Annual administration report of the Civil Veterinary Department, Sind - 1938-1939
Year: 1938
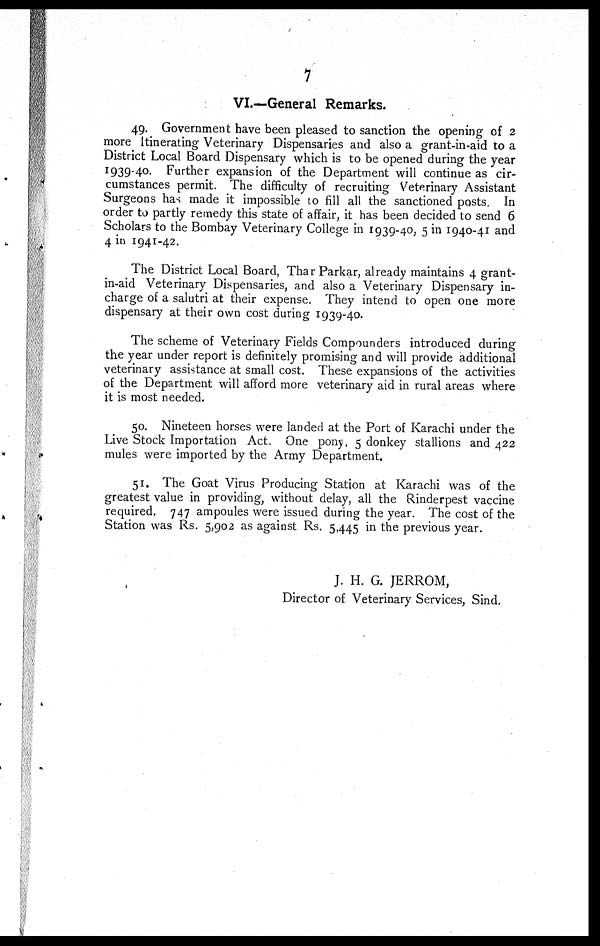
7
VI.—General Remarks.
49. Government have been pleased to sanction the opening of 2
more Itinerating Veterinary Dispensaries and also a grant-in-aid to a
District Local Board Dispensary which is to be opened during the year
1939-40. Further expansion of the Department will continue as cir-
cumstances permit. The difficulty of recruiting Veterinary Assistant
Surgeons has made it impossible to fill all the sanctioned posts. In
order to partly remedy this state of affair, it has been decided to send 6
Scholars to the Bombay Veterinary College in 1939-40, 5 in 1940-41 and
4 in 1941-42.
The District Local Board, Thar Parkar, already maintains 4 grant-
in-aid Veterinary Dispensaries, and also a Veterinary Dispensary in-
charge of a salutri at their expense. They intend to open one more
dispensary at their own cost during 1939-40.
The scheme of Veterinary Fields Compounders introduced during
the year under report is definitely promising and will provide additional
veterinary assistance at small cost. These expansions of the activities
of the Department will afford more veterinary aid in rural areas where
it is most needed.
50. Nineteen horses were landed at the Port of Karachi under the
Live Stock Importation Act. One pony, 5 donkey stallions and 422
mules were imported by the Army Department.
51. The Goat Virus Producing Station at Karachi was of the
greatest value in providing, without delay, all the Rinderpest vaccine
required. 747 ampoules were issued during the year. The cost of the
Station was Rs. 5,902 as against Rs. 5,445 in the previous year.
J. H. G. JERROM,
Director of Veterinary Services, Sind.